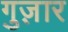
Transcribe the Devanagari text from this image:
गुज़़ार